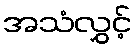
အသံလွှင့်